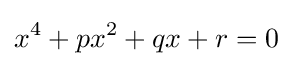
x^{4}+px^{2}+qx+r=0